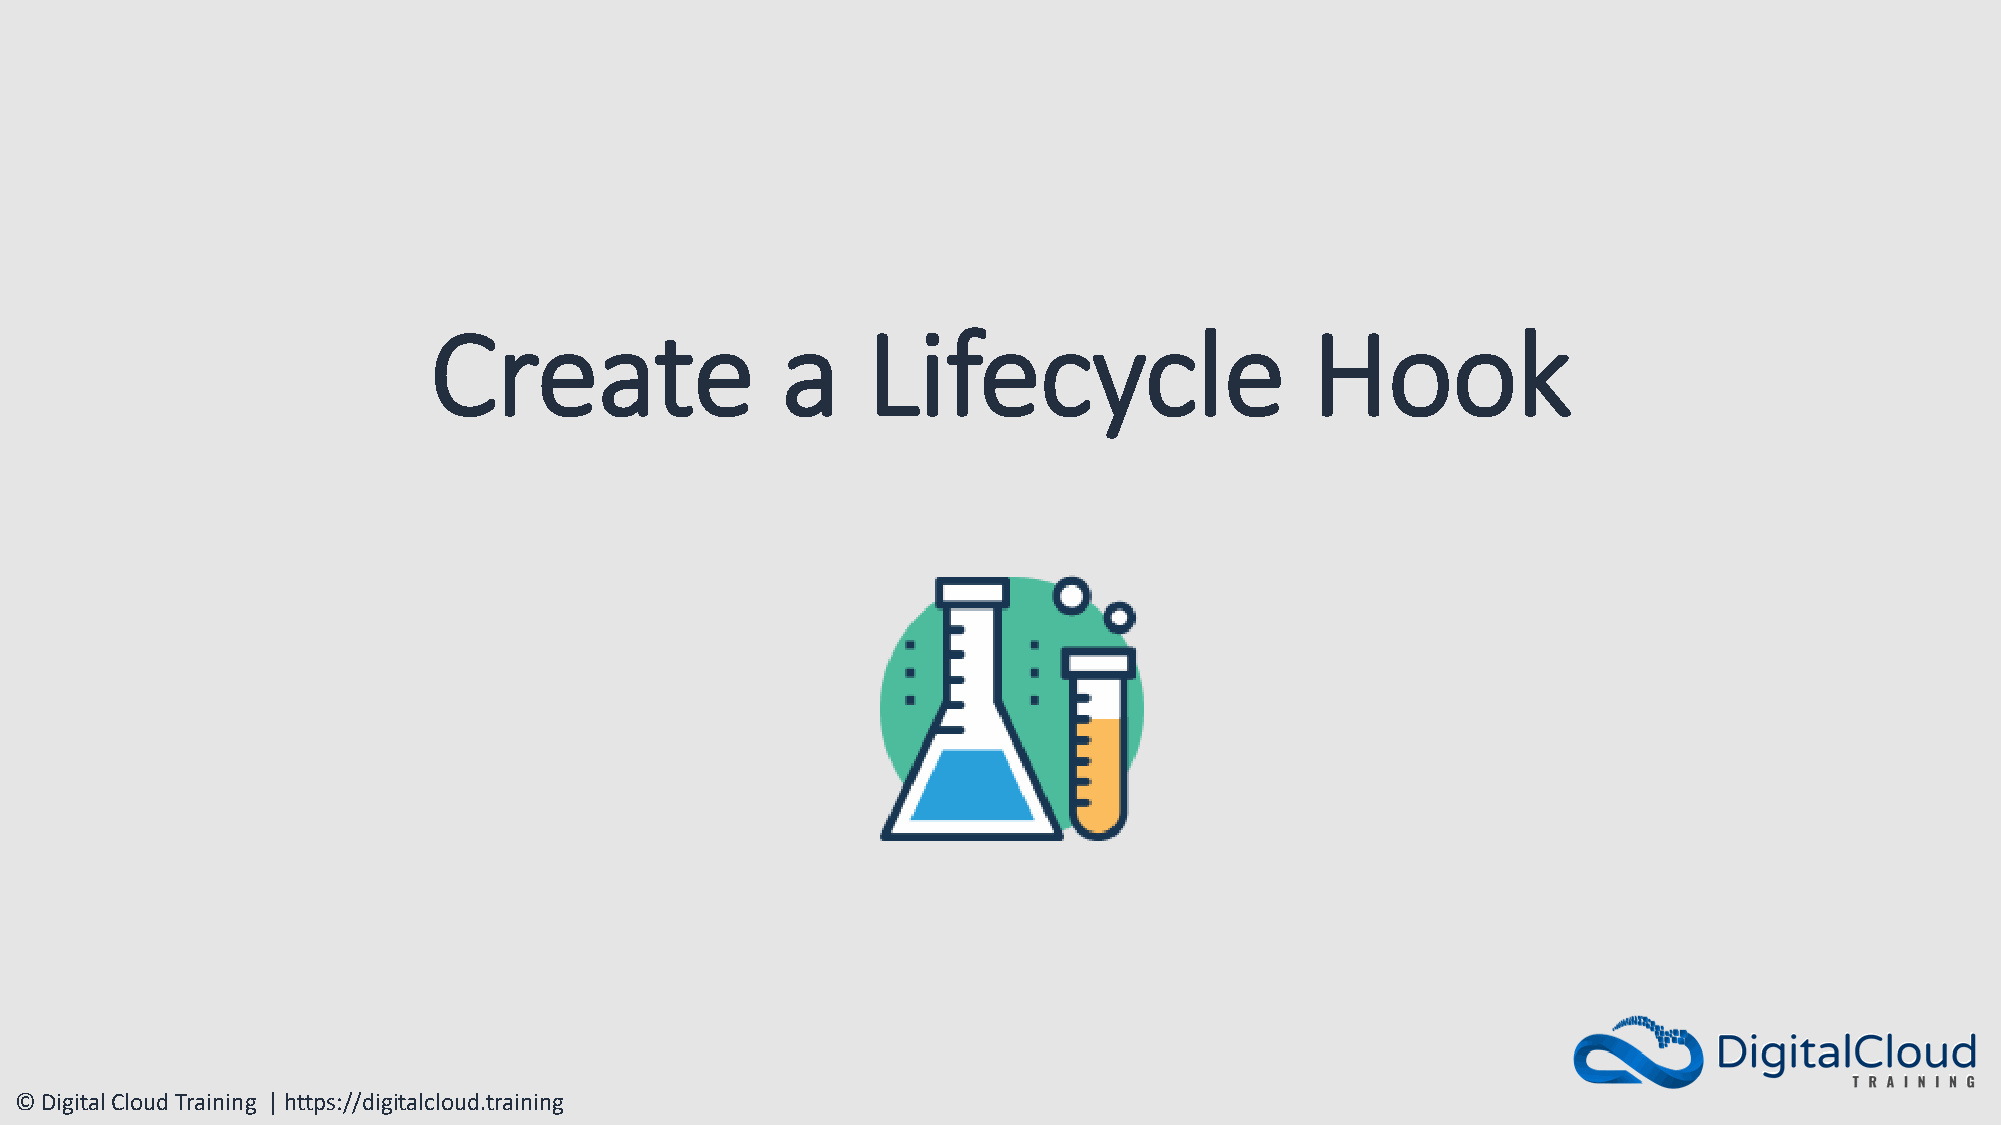
Create                  a    Lifecycle                     Hook
 © Digital Cloud Training | https://digitalcloud.training